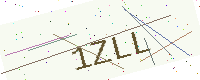
Text: 1ZLL